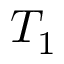
T _ { 1 }